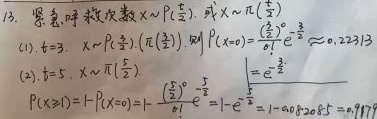
13. 竖着， 指数次数 \(X\sim P(\frac{t}{2})\)，或 \(X\sim \pi(\frac{t}{2})\)
(1). \(t = 3\)，\(X\sim P(\frac{3}{2})\)，\((\pi(\frac{3}{2}))\)，则 \(P(X = 0)=\frac{(\frac{3}{2})^0}{0!}e^{-\frac{3}{2}}\approx 0.22313\)
(2). \(t = 5\)，\(X\sim \pi(\frac{5}{2})\)，\(P(X\geq1)=1 - P(X = 0)=1-\frac{(\frac{5}{2})^0}{0!}e^{-\frac{5}{2}}=1 - e^{-\frac{5}{2}}=1 - 0.082085 = 0.917915\)